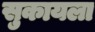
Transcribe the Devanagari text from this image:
सुकायला